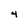
Character: 4